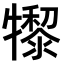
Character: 𤛺